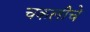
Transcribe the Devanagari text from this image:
चकलीचे